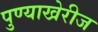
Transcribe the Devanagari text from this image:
पुण्याखेरीज